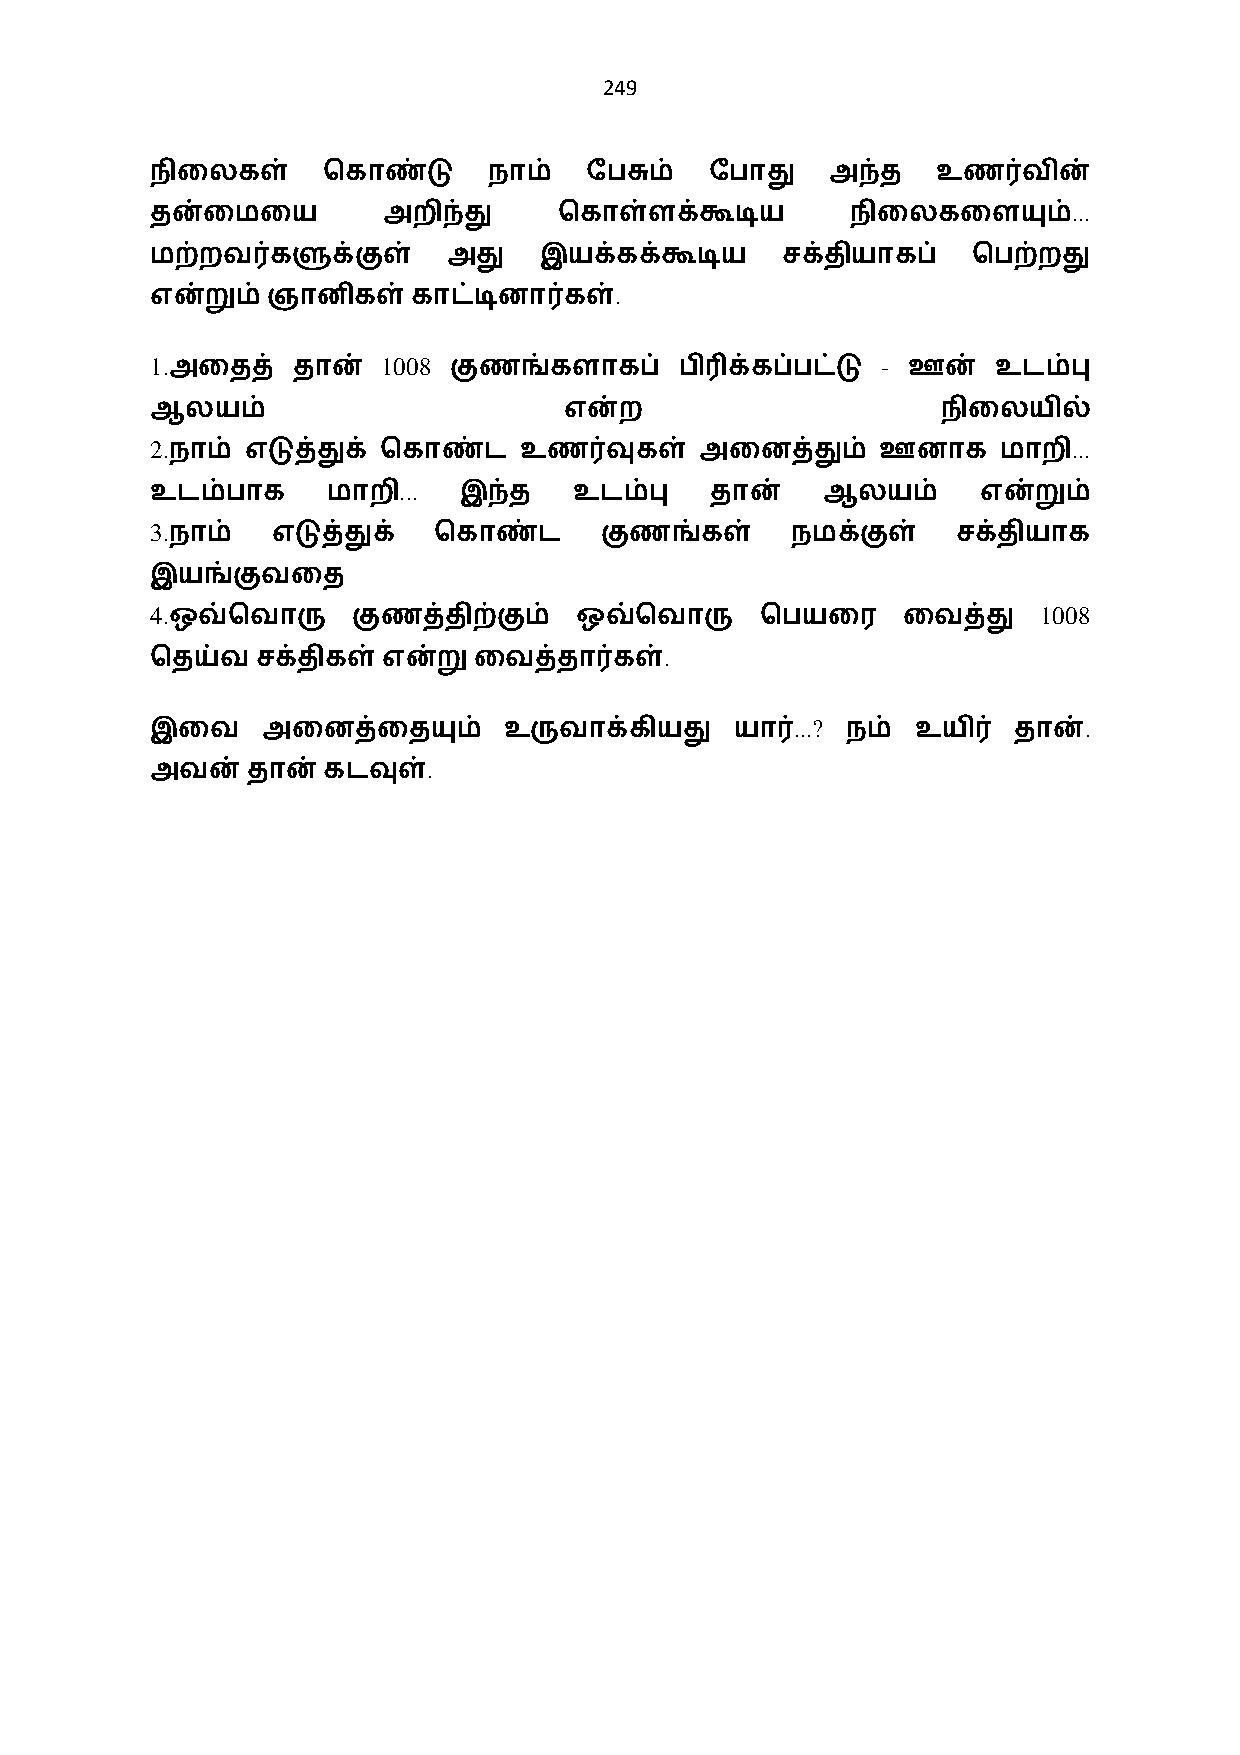
249
 நிைலகள்    ெகாண்டு    நாம்   ேபசும்  ேபாது   அந்த   உண0வின்
 ...
 தன்ைமைய        அறிந்து     ெகாள்ளக்கூடிய      நிைலகைளயும்
 மற்றவ0களுக்குள்     அது   இயக்கக்கூடிய    சக்தியாகப்  ெபற்றது
 .
 என்றும்ஞானிகள்காட்டினா0கள்
 1.             1008                             -
 அைதத்   தான்       குணங்களாகப்    பி3க்கப்பட்டு  ஊன்   உடம்பு
 ஆலயம்                      என்ற                     நிைலயில்
 2.                                                           ...
 நாம் எடுத்துக் ெகாண்ட  உண0வுகள்    அைனத்தும்   ஊனாக    மாறி
 ...
 உடம்பாக     மாறி    இந்த    உடம்பு   தான்   ஆலயம்      என்றும்
 3.
 நாம்   எடுத்துக்  ெகாண்ட     குணங்கள்    நமக்குள்   சக்தியாக
 இயங்குவைத
 4.                                                         1008
 ஒவ்ெவாரு    குணத்திற்கும்  ஒவ்ெவாரு    ெபயைர     ைவத்து
 .
 ெதய்வசக்திகள்என்றுைவத்தா0கள்
 ...?               .
 இைவ    அைனத்ைதயும்     உருவாக்கியது    யா0    நம்  உயி0  தான்
 .
 அவன்தான்   கடவுள்